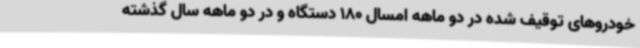
خودروهای توقیف شده در دو ماهه امسال 180 دستگاه و در دو ماهه سال گذشته